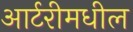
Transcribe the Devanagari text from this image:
आर्टरीमधील